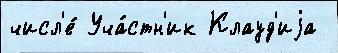
числ'е́ Уча́стн'ик Клауд'иjа